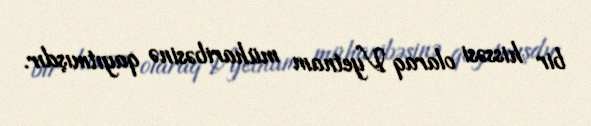
bir hissəsi olaraq Vyetnam müharibəsinə qayıtmışdır.